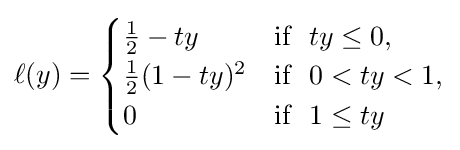
\ell (y)={\begin{cases}{\frac {1}{2}}-ty&{\text{if}}~~ty\leq 0,\\{\frac {1}{2}}(1-ty)^{2}&{\text{if}}~~0<ty<1,\\0&{\text{if}}~~1\leq ty\end{cases}}